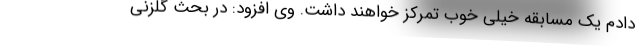
دادم یک مسابقه خیلی خوب تمرکز خواهند داشت. وی افزود: در بحث گلزنی